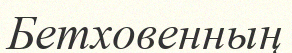
Бетховенның